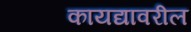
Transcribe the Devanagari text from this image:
कायद्यावरील